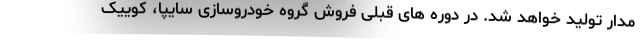
مدار تولید خواهد شد. در دوره های قبلی فروش گروه خودروسازی سایپا، کوییک